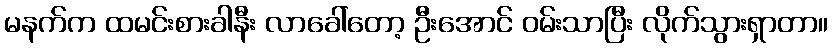
မနက်က ထမင်းစားခါနီး လာခေါ်တော့ ဦးအောင် ဝမ်းသာပြီး လိုက်သွားရှာတာ။